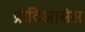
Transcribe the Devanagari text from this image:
प्रोटिआसेस